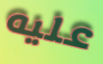
عليه